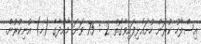
އިސްލާހު ކުރަން ހުށައެޅިފައިވާގޮތް 2 : 75 ވަނަ މާއްދާގެ (ހ) އުނިކުރުން.